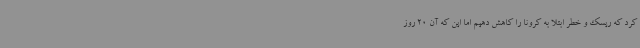
کرد که ریسک و خطر ابتلا به کرونا را کاهش دهیم اما این که آن 20 روز